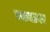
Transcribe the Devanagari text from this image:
व्ययावर